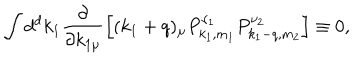
\int d ^ { d } k _ { 1 } \frac { \partial } { \partial k _ { 1 \mu } } \left[ ( k _ { 1 } + q ) _ { \mu } P _ { k _ { 1 } , m _ { 1 } } ^ { \nu _ { 1 } } P _ { k _ { 1 } - q , m _ { 2 } } ^ { \nu _ { 2 } } \right] \equiv 0 ,